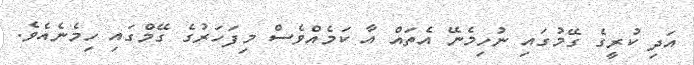
އަދި ކުރީގެ ގޭމުގައި ނުހިމެނޭ އެތައް އާ ކަމެއްވެސް މިފަހަރުގެ ގޭމްގައި ހިމެނެއެވެ.